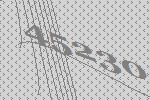
45230